Punjab Mental Hospital Lahore 1932-46 - 1932-1946
Year: 1932
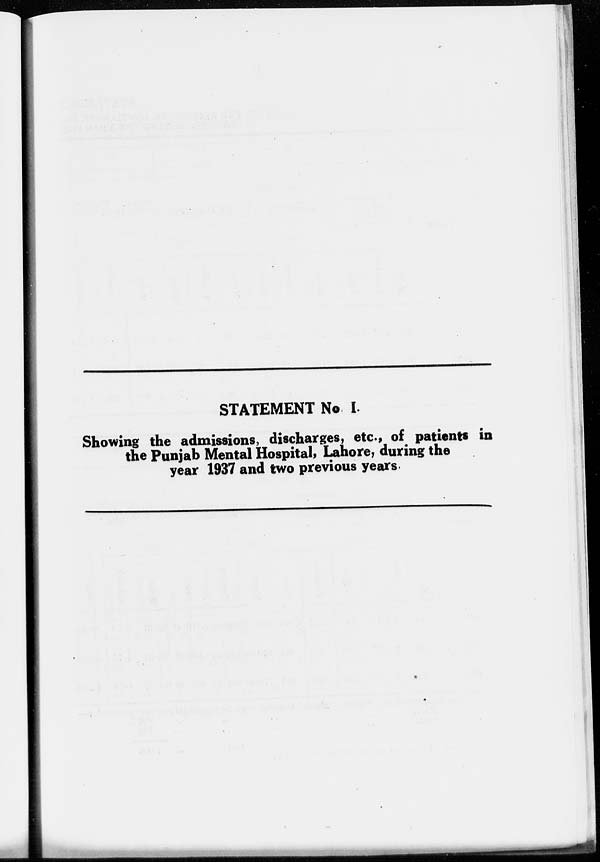
STATEMENT No I.
Showing the admissions, discharges, etc., of patients in
the Punjab Mental Hospital, Lahore, during the
year 1937 and two previous years.